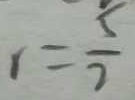
r = \frac { 5 } { 2 }